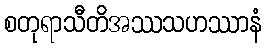
စတုရာသီတိအဿသဟဿာနံ